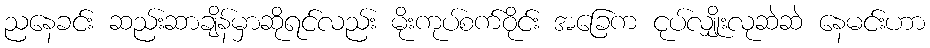
ညနေခင်း ဆည်းဆာချိန်မှာဆိုရင်လည်း မိုးကုပ်စက်ဝိုင်း အခြေက ငုပ်လျှိုးလုဆဲဆဲ နေမင်းဟာ